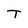
Character: T